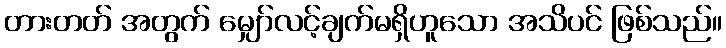
တားတတ် အတွက် မျှော်လင့်ချက်မရှိဟူသော အသိပင် ဖြစ်သည်။